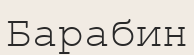
Барабин